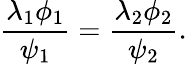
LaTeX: \frac{\lambda_{1}\phi_{1}}{\psi_{1}}=\frac{\lambda_{2}\phi_{2}}{\psi_{2}}.